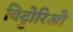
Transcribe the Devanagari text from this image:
विट्टोरिओ